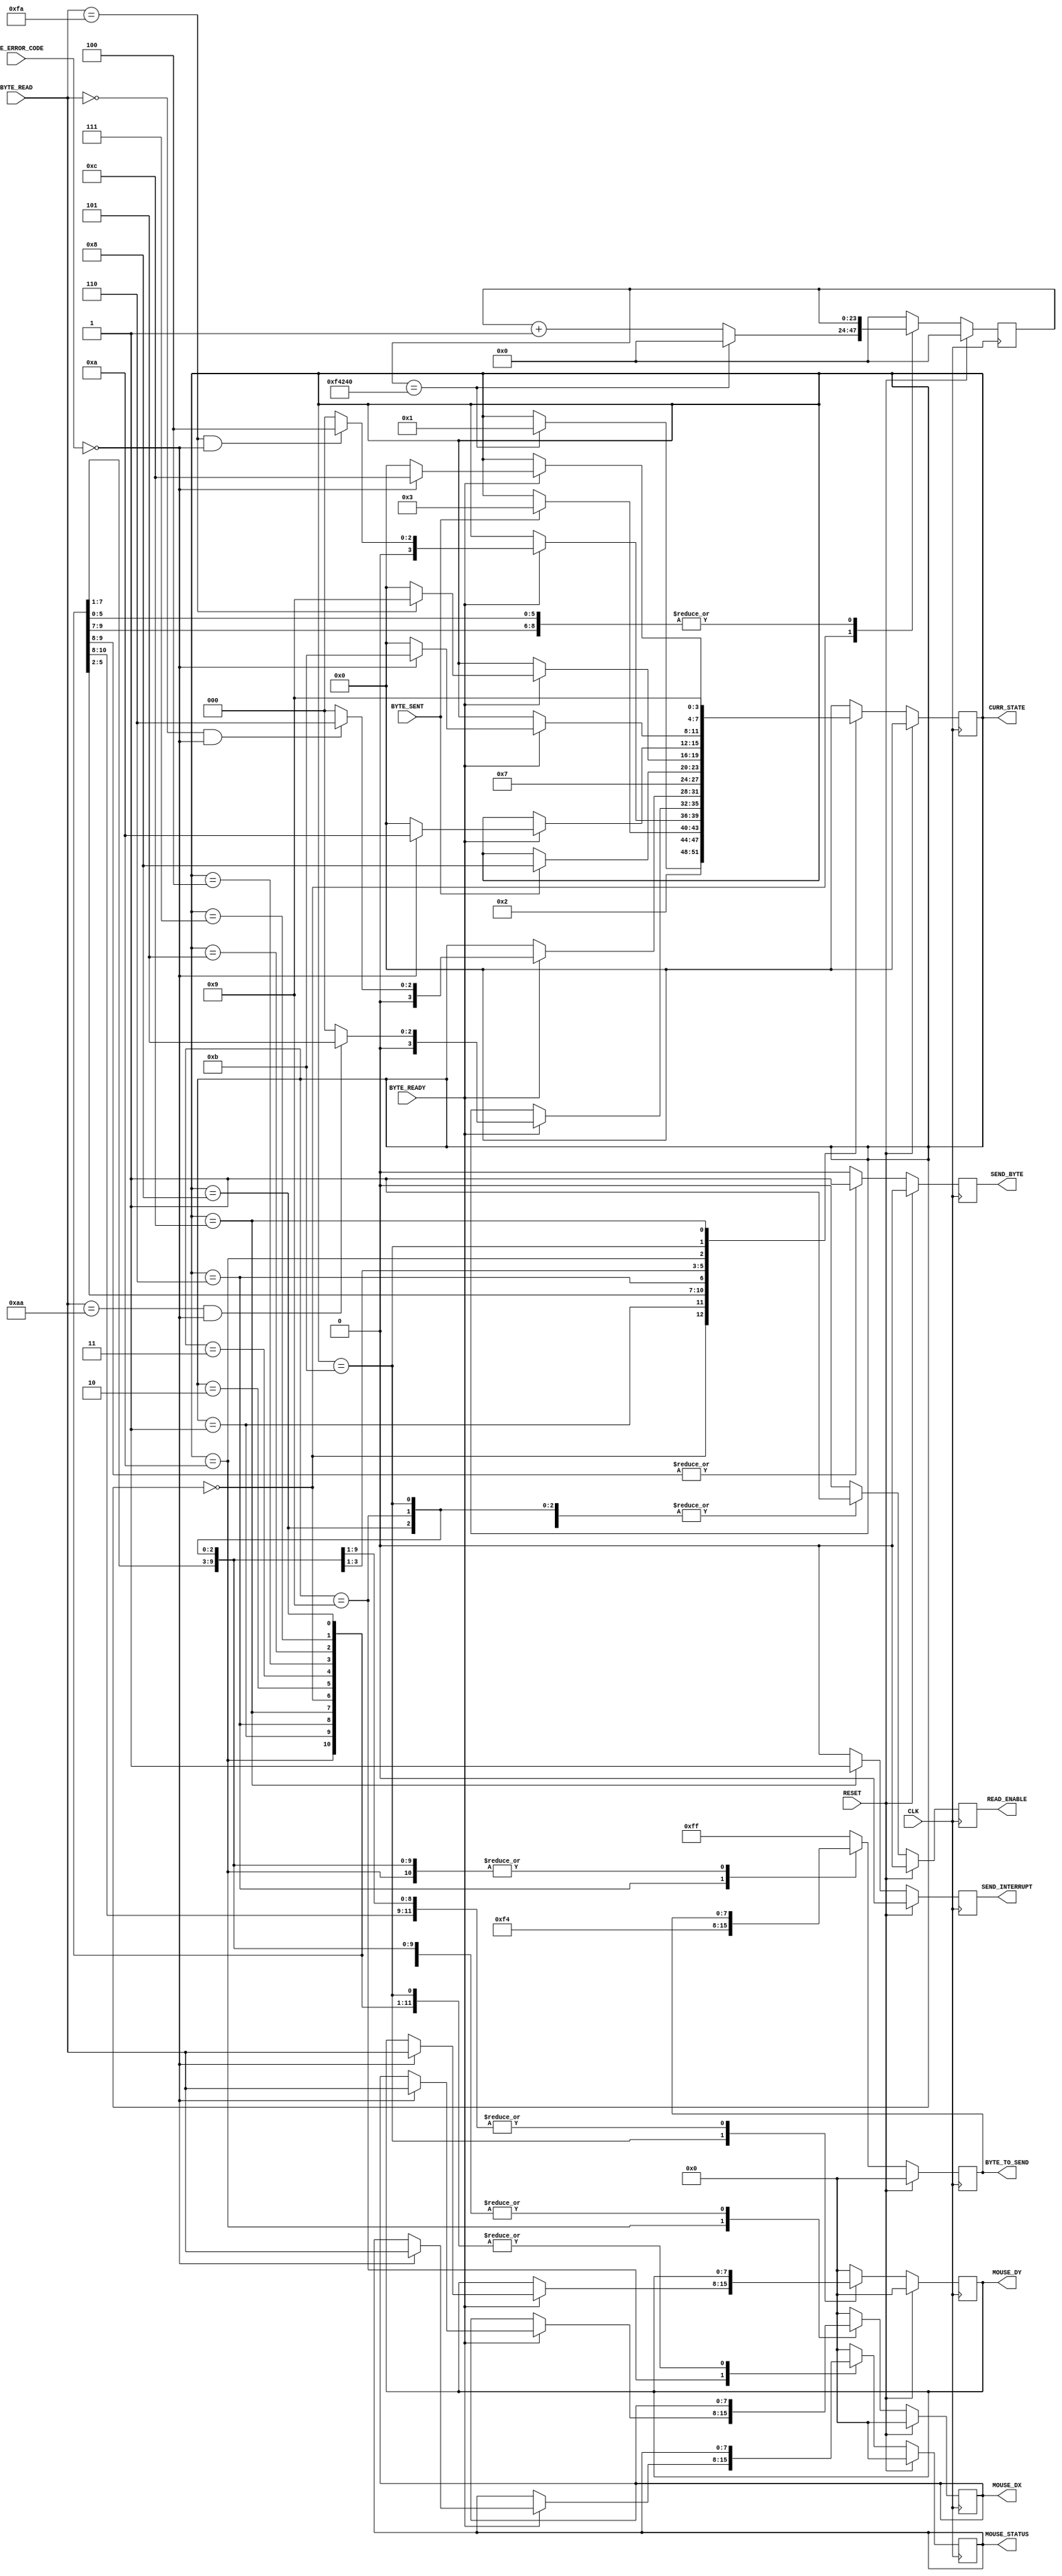
`timescale 1ns / 1ps
//////////////////////////////////////////////////////////////////////////////////
// Company: 
// Engineer: 
// 
// Design Name: 
// Module Name: MouseMasterSM
// Project Name: 
// Target Devices: 
// Tool Versions: 
// Description: 
// 
// Dependencies: 
// 
// Revision:
// Revision 0.01 - File Created
// Additional Comments:
// 
//////////////////////////////////////////////////////////////////////////////////


module MouseMasterSM(
        input CLK,
        input RESET,
        //Transmitter Control
        output SEND_BYTE,
        output [7:0] BYTE_TO_SEND,
        input BYTE_SENT,
        //Receiver Control
        output READ_ENABLE,
        input [7:0] BYTE_READ,
        input [1:0] BYTE_ERROR_CODE,
        input BYTE_READY,
        //Data Registers
        output [7:0] MOUSE_DX,
        output [7:0] MOUSE_DY,
        output [7:0] MOUSE_STATUS,
        output SEND_INTERRUPT,
        output [3:0] CURR_STATE
    );
 
    //////////////////////////////////////////////////////////////
    // Main state machine - There is a setup sequence
    //
    // 1) Send FF -- Reset command,
    // 2) Read FA -- Mouse Acknowledge,
    // 2) Read AA -- Self-Test Pass
    // 3) Read 00 -- Mouse ID
    // 4) Send F4 -- Start transmitting command,
    // 5) Read FA -- Mouse Acknowledge,
    //
    // If at any time this chain is broken, the SM will restart from
    // the beginning. Once it has finished the set-up sequence, the read enable flag 
    // is raised.
    // The host is then ready to read mouse information 3 bytes at a time:
    // S1) Wait for first read, When it arrives, save it to Status. Goto S2.
    // S2) Wait for second read, When it arrives, save it to DX. Goto S3.
    // S3) Wait for third read, When it arrives, save it to DY. Goto S1.
    // Send interrupt.
    
    //State Control
    reg [3:0] Curr_State, Next_State;
    reg [23:0] Curr_Counter, Next_Counter;
    //Transmitter Control
    reg Curr_SendByte, Next_SendByte;
    reg [7:0] Curr_ByteToSend, Next_ByteToSend;
    //Receiver Control
    reg Curr_ReadEnable, Next_ReadEnable;
    //Data Registers
    reg [7:0] Curr_Status, Next_Status;
    reg [7:0] Curr_Dx, Next_Dx;
    reg [7:0] Curr_Dy, Next_Dy;
    reg Curr_SendInterrupt, Next_SendInterrupt;
    
    //Sequential
    always@(posedge CLK) begin
        if(RESET) begin
            Curr_State <= 4'h0;
            Curr_Counter <= 0;
            Curr_SendByte <= 1'b0;
            Curr_ByteToSend <= 8'h00;
            Curr_ReadEnable <= 1'b0;
            Curr_Status <= 8'h00;
            Curr_Dx <= 8'h00;
            Curr_Dy <= 8'h00;
            Curr_SendInterrupt <= 1'b0;
        end 
        else begin
            Curr_State <= Next_State;
            Curr_Counter <= Next_Counter;
            Curr_SendByte <= Next_SendByte;
            Curr_ByteToSend <= Next_ByteToSend;
            Curr_ReadEnable <= Next_ReadEnable;
            Curr_Status <= Next_Status;
            Curr_Dx <= Next_Dx;
            Curr_Dy <= Next_Dy;
            Curr_SendInterrupt <= Next_SendInterrupt;
        end
    end
    
    //Combinatorial
    always@* begin
        Next_State = Curr_State;
        Next_Counter = Curr_Counter;
        Next_SendByte = 1'b0;
        Next_ByteToSend = Curr_ByteToSend;
        Next_ReadEnable = 1'b0;
        Next_Status = Curr_Status;
        Next_Dx = Curr_Dx;
        Next_Dy = Curr_Dy;
        Next_SendInterrupt = 1'b0;
        
        case(Curr_State)
            //Initialise State - Wait here for 10ms before trying to initialise the mouse.
            4'h0: begin
                if(Curr_Counter == 1000000) begin // 1/100th sec at 50MHz clock
                    Next_State = 4'h1;
                    Next_Counter = 0;
                end
                else
                    Next_Counter = Curr_Counter + 1'b1;
            end
            
            //Start initialisation by sending FF
            4'h1: begin
                Next_State = 4'h2;
                Next_SendByte = 1'b1;
                Next_ByteToSend = 8'hFF;
            end
            
            //Wait for confirmation of the byte being sent
            4'h2: begin
                if(BYTE_SENT)
                    Next_State = 4'h3;
             end
             
            //Wait for confirmation of a byte being received
            //If the byte is FA goto next state, else re-initialise.
            4'h3: begin
                if(BYTE_READY) begin
                    if((BYTE_READ == 8'hFA) & (BYTE_ERROR_CODE == 2'b00))
                        Next_State = 4'h4;
                    else
                        Next_State = 4'h0;
                end
                
                Next_ReadEnable = 1'b1;
            end
            
            //Wait for self-test pass confirmation
            //If the byte received is AA goto next state, else re-initialise
            4'h4: begin
                if(BYTE_READY) begin
                    if((BYTE_READ == 8'hAA) & (BYTE_ERROR_CODE == 2'b00))
                        Next_State = 4'h5;
                    else
                        Next_State = 4'h0;
                end
                Next_ReadEnable = 1'b1;
            end
            
            //Wait for confirmation of a byte being received
            //If the byte is 00 goto next state (MOUSE ID) else re-initialise
            4'h5: begin
                if(BYTE_READY) begin
                    if((BYTE_READ == 8'h00) & (BYTE_ERROR_CODE == 2'b00))
                        Next_State = 4'h6;
                    else
                        Next_State = 4'h0;
                end
                Next_ReadEnable = 1'b1;
            end
            
            //Send F4 - to start mouse transmit
            4'h6: begin
                Next_State = 4'h7;
                Next_SendByte = 1'b1;
                Next_ByteToSend = 8'hF4;
            end
            
            //Wait for confirmation of the byte being sent
            4'h7: if(BYTE_SENT) Next_State = 4'h8;
            
            //Wait for confirmation of a byte being received
            //If the byte is F4 goto next state, else re-initialise
            4'h8: begin
                if(BYTE_READY) begin
                    if(BYTE_READ == 8'hFA)
                        Next_State = 4'h9;
                    else
                        Next_State = 4'h0;
                end
                Next_ReadEnable = 1'b1;
            end
            
            ///////////////////////////////////////////////////////////
            //At this point the SM has initialised the mouse.
            //Now we are constantly reading. If at any time
            //there is an error, we will re-initialise
            //the mouse - just in case.
            ///////////////////////////////////////////////////////////
            //Wait for the confirmation of a byte being received.
            //This byte will be the first of three, the status byte.
            //If a byte arrives, but is corrupted, then we re-initialise
            4'h9: begin
                if(BYTE_READY) begin
                    if (BYTE_ERROR_CODE == 2'b00) begin
                        Next_State = 4'hA;
                        Next_Status = BYTE_READ;
                    end
                    else
                        Next_State = 4'h0;
                end
                    
                Next_Counter = 0;
                Next_ReadEnable = 1'b1;
            end
            
            //Wait for confirmation of a byte being received
            //This byte will be the second of three, the Dx byte.
            4'hA: begin
                if(BYTE_READY) begin
                    if(BYTE_ERROR_CODE == 2'b00) begin
                        Next_State = 4'hB;
                        Next_Dx = BYTE_READ;
                    end 
                    else
                        Next_State = 4'h0;
                end
               
                Next_Counter = 0;
                Next_ReadEnable = 1'b1;
            end
                       
            //Wait for confirmation of a byte being received
            //This byte will be the third of three, the Dy byte.
            4'hB: begin
                if(BYTE_READY) begin
                    if(BYTE_ERROR_CODE == 2'b00) begin
                        Next_State = 4'hC;
                        Next_Dy = BYTE_READ;
                    end 
                    else
                        Next_State = 4'h0;
                end
                
                Next_Counter = 0;
                Next_ReadEnable = 1'b1;
            end
            
            //Send Interrupt State
            4'hC: begin
                Next_State = 4'h9;
                Next_SendInterrupt = 1'b1;
            end
            
            //Default State
            default: begin
                Next_State = 4'h0;
                Next_Counter = 0;
                Next_SendByte = 1'b0;
                Next_ByteToSend = 8'hFF;
                Next_ReadEnable = 1'b0;
                Next_Status = 8'h00;
                Next_Dx = 8'h00;
                Next_Dy = 8'h00;
                Next_SendInterrupt = 1'b0;
            end
        endcase
    end
    
    ///////////////////////////////////////////////////
    //Tie the SM signals to the IO
    //Transmitter
    assign SEND_BYTE = Curr_SendByte;
    assign BYTE_TO_SEND = Curr_ByteToSend;
    //Receiver
    assign READ_ENABLE = Curr_ReadEnable;
    //Output Mouse Data
    assign MOUSE_DX = Curr_Dx;
    assign MOUSE_DY = Curr_Dy;
    assign MOUSE_STATUS = Curr_Status;
    assign SEND_INTERRUPT = Curr_SendInterrupt;
    assign CURR_STATE = Curr_State;

endmodule